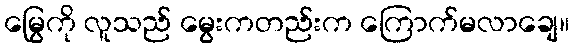
မြွေကို လူသည် မွေးကတည်းက ကြောက်မလာချေ။